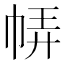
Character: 𢃈